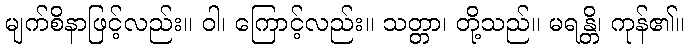
မျက်စိနာဖြင့်လည်း။ ဝါ၊ ကြောင့်လည်း။ သတ္တာ၊ တို့သည်။ မရန္တိ၊ ကုန်၏။